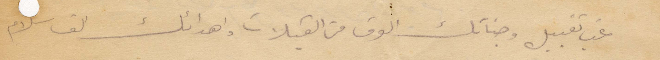
نحب تقبيل وجناتك الوف من القبلات واهدائك الف سلام